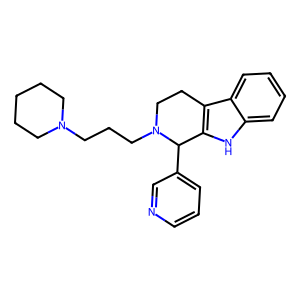
SMILES: c1cncc(C2c3[nH]c4ccccc4c3CCN2CCCN2CCCCC2)c1
Inhibits HIV replication: No